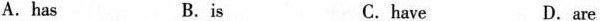
A.has B.is C.have D.are